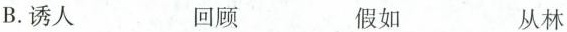
B.诱人 回顾 假如 从林